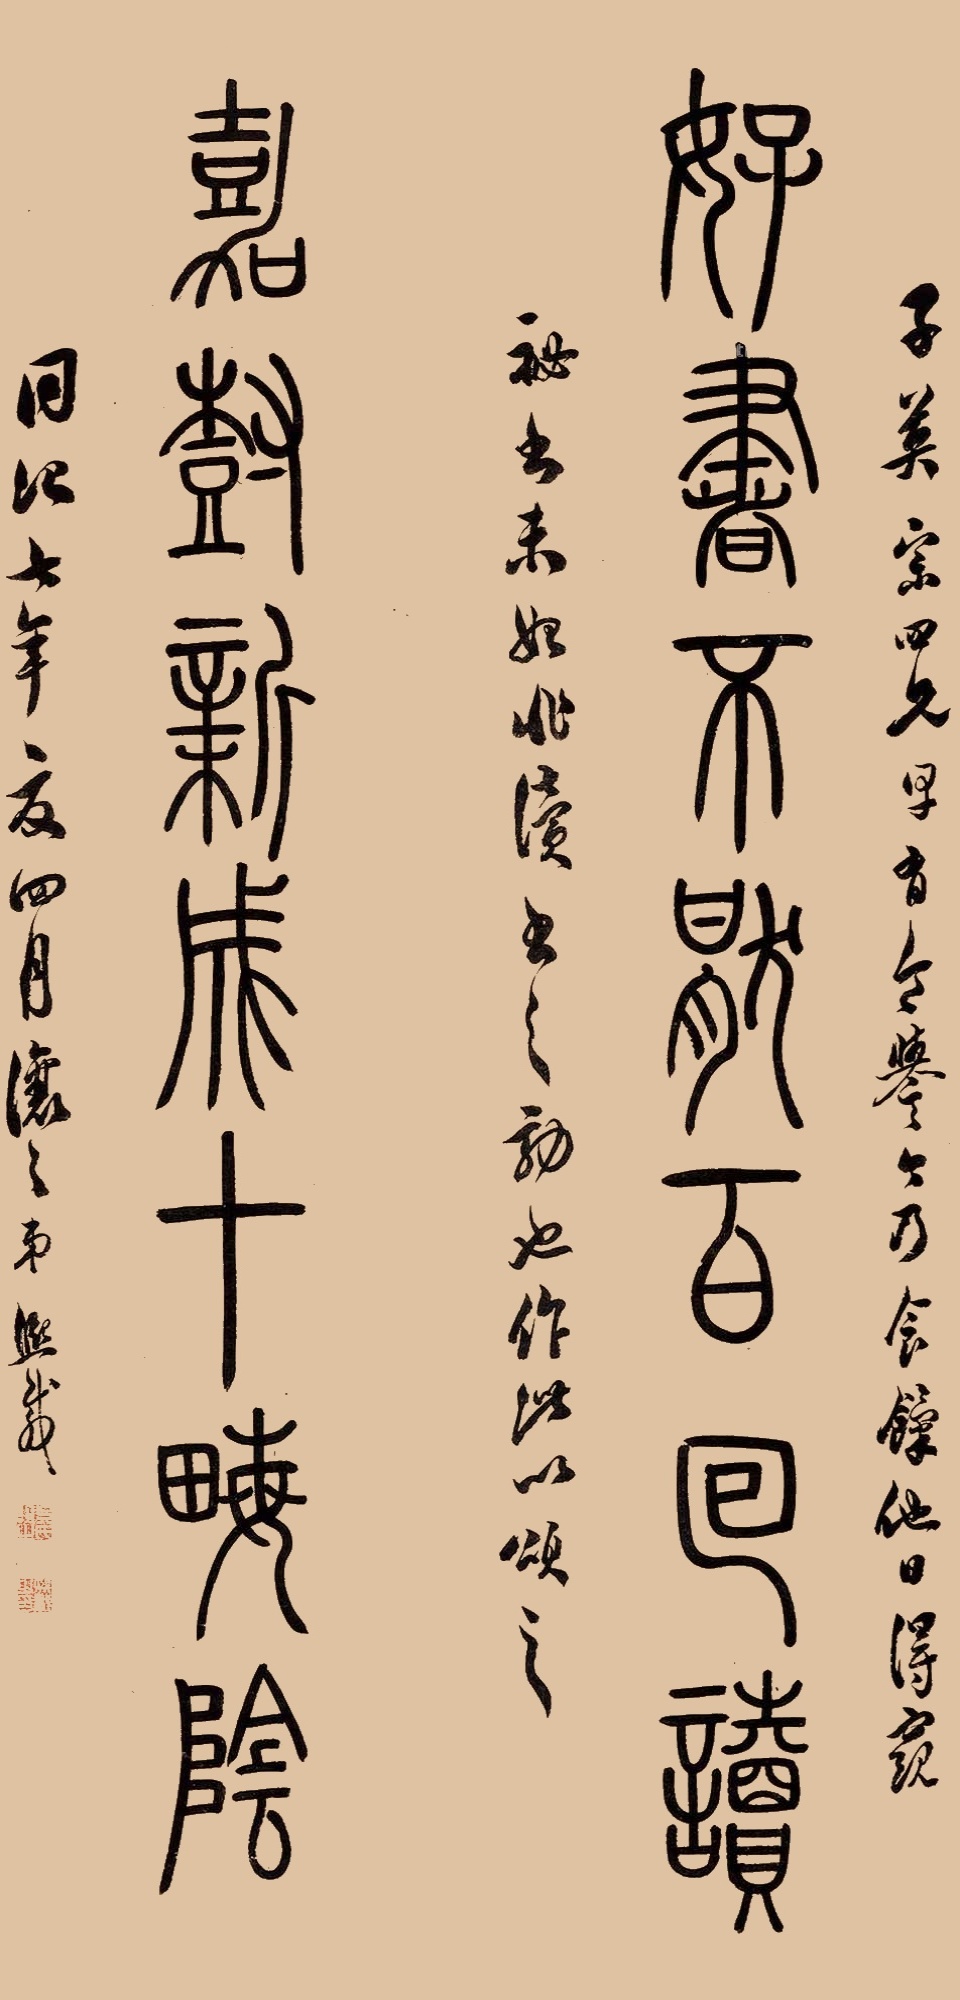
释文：好书不厌百回读，嘉树新成十亩阴。子宗四兄早有食誉，今乃食饩，他日得窥秘书未始非读书之效也，作此以颂之。同治七年夏四月，让之弟熙载。